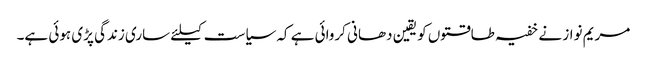
مریم نواز نے خفیہ طاقتوں کو یقین دھانی کروائی ہے کہ سیاست کیلئے ساری زندگی پڑی ہوئی ہے۔